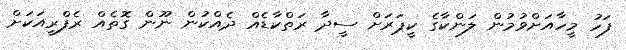
ފަހު މީހާއަށްވުމުން ލަންކާގެ ކީޕަރަށް ސީދާ ރަތްކާޑެއް ދެއްކުން ނޫން ގޮތެއް ރެފްރީއަކަށް